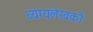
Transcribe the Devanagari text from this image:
व्यंग्यलेखकों